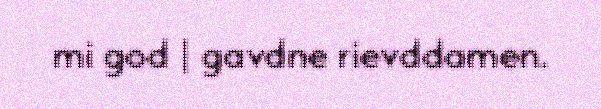
mi god | gavdne rievddamen.